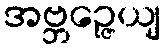
အဗ္ဘဉ္ဇေယျ